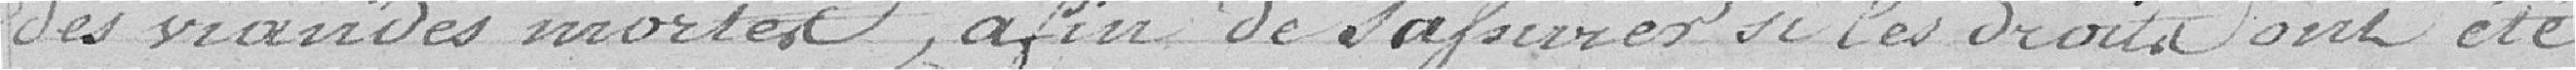
des viandes mortes, afin de s'assurer si les droits ont été